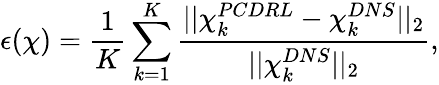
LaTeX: \epsilon(\chi)=\frac{1}{K}\sum_{k=1}^{K}\frac{||\chi_{k}^{PCDRL}-\chi_{k}^{DNS}||_{2}}{||\chi_{k}^{DNS}||_{2}},